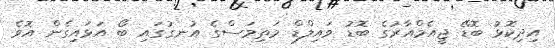
އިދިކޮޅު ބޮޑޭ ޖީއެމްއާރުގެ ބޮޑު ވައިލްޑް މަތިމަސްގެ އުނގުގައި ބޯ އަޅައިގެން އޮވެ